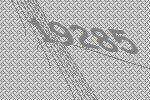
19285